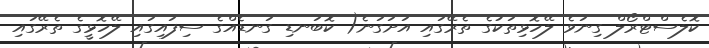
ކޮލެސްޓްރޯލް ގިނަވެ ލޭހޮޅިތަކުގެ ތެރޭގައި އަށަގަނެ( ކޮބަނޑި ގަނޑެއްގެ ސިފައިގައި ލޭހޮޅީގެ ތެރޭގައި